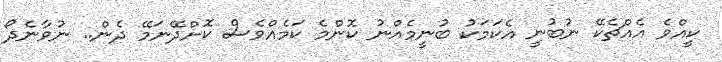
ކީއްވެ އެއްޗެކޭ ނުބުނީ އެކަމަކު ބުނީމެއްނު ކޮންމެ ކަމެއްވެސް ކޮށްދޭނަމޭ ދެން.. ނުވާނެދޯ